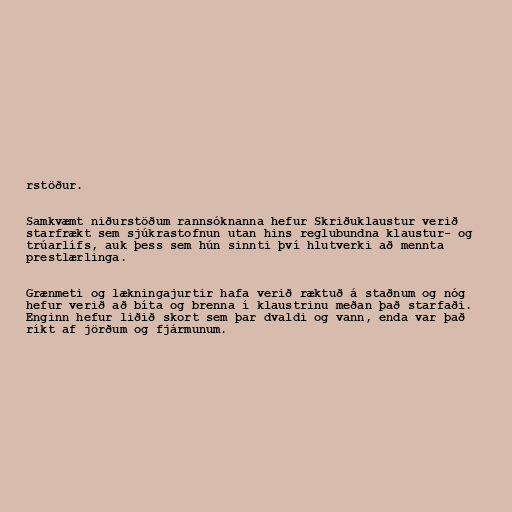
rstöður.

Samkvæmt niðurstöðum rannsóknanna hefur Skriðuklaustur verið
starfrækt sem sjúkrastofnun utan hins reglubundna klaustur- og
trúarlífs, auk þess sem hún sinnti því hlutverki að mennta
prestlærlinga.

Grænmeti og lækningajurtir hafa verið ræktuð á staðnum og nóg
hefur verið að bíta og brenna í klaustrinu meðan það starfaði.
Enginn hefur liðið skort sem þar dvaldi og vann, enda var það
ríkt af jörðum og fjármunum.